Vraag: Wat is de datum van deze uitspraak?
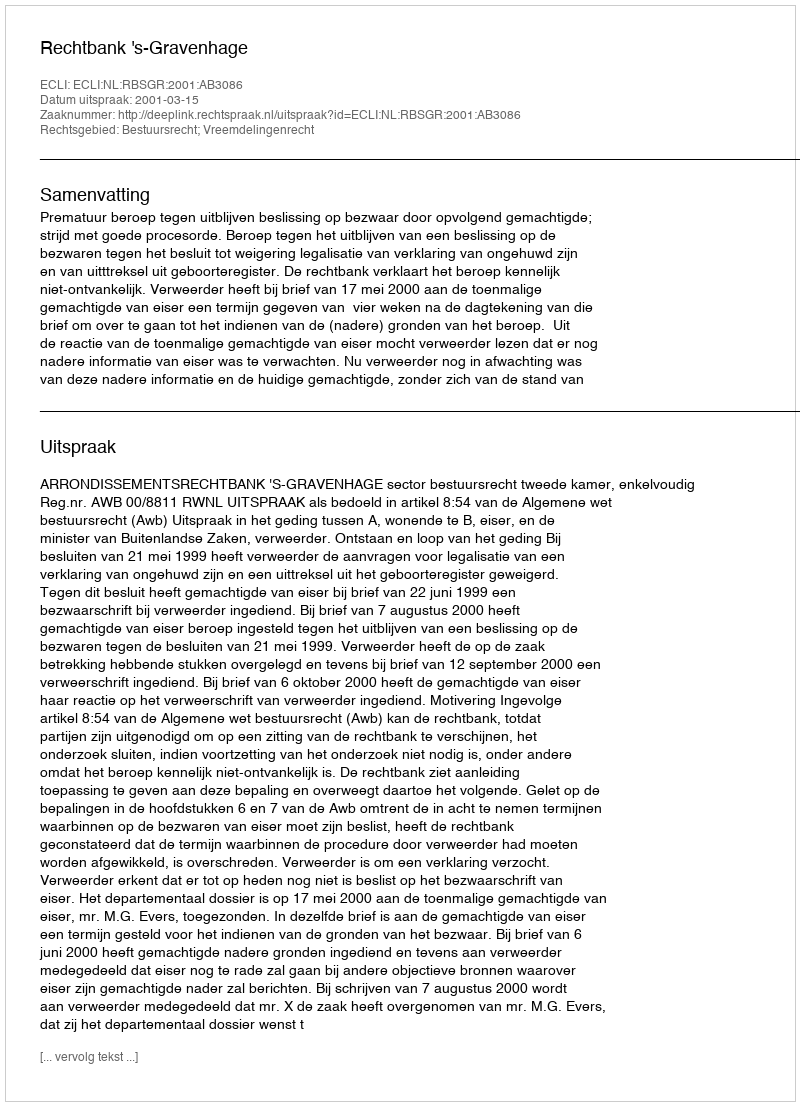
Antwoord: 2001-03-15